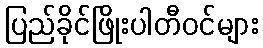
ပြည်ခိုင်ဖြိုးပါတီဝင်များ